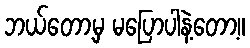
ဘယ်တော့မှ မပြောပါနဲ့တော့။